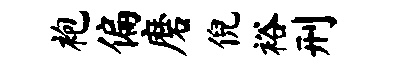
袍偏磨倪裕刑